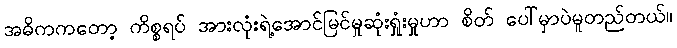
အဓိကကတော့ ကိစ္စရပ် အားလုံးရဲ့အောင်မြင်မှုဆုံးရှုံးမှုဟာ စိတ် ပေါ်မှာပဲမူတည်တယ်။